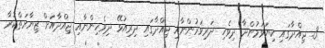
3. ޖިއްދާގައި ކިޔަވަމުންދާ ދިވެހި ދަރިވަރުންނާއި ޖިއްދާގައި ދިރިއުޅޭ ދިވެހިންނާއި ޖިއްދާއަށް ޒިޔާރަތްކުރާ